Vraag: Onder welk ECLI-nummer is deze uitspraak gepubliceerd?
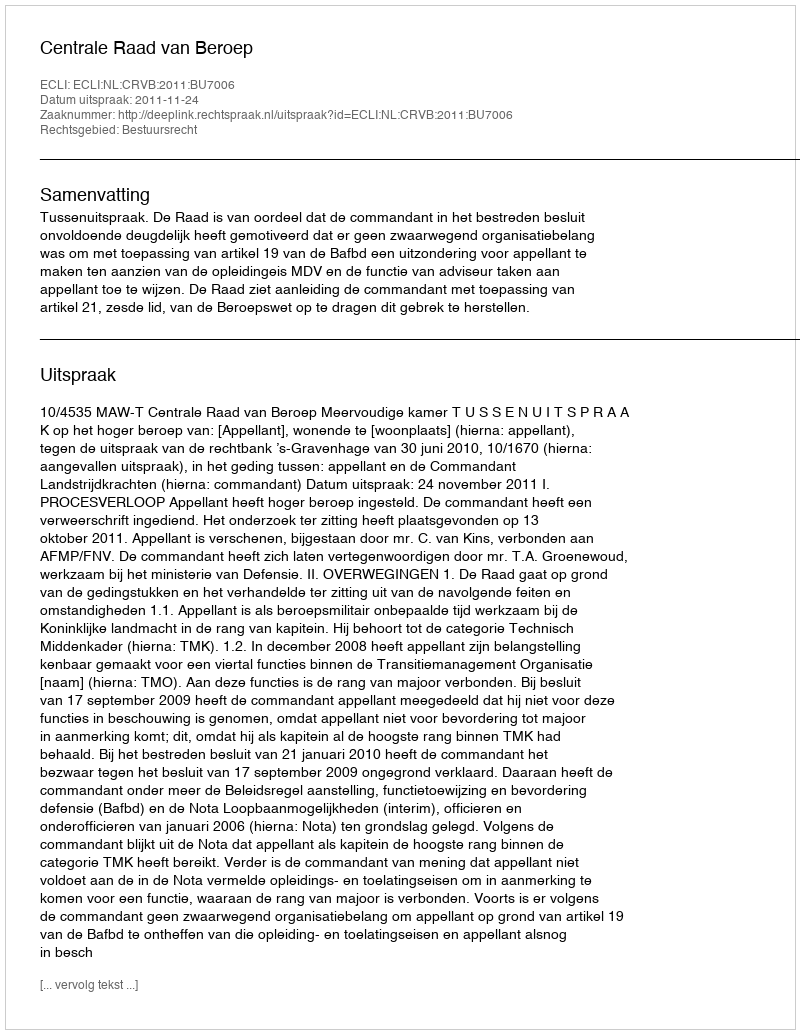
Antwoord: ECLI:NL:CRVB:2011:BU7006